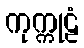
ကုက္ကုဠံ